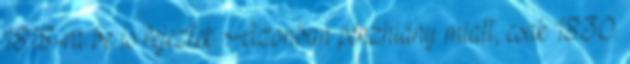
1818-ra be is fejeztek. Azonban pénzhiány miatt, csak 1830.